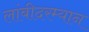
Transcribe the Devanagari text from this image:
लांबीदरम्यान